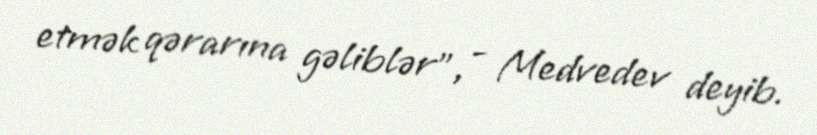
etmək qərarına gəliblər”, - Medvedev deyib.